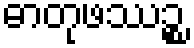
ဓာတုဖဿဉ္စ